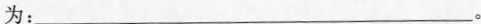
为：___。